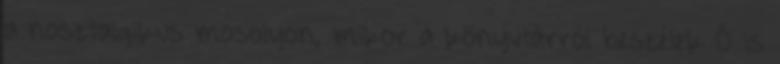
a nosztalgikus mosolyon, mikor a könyvtárról beszélek Ő is